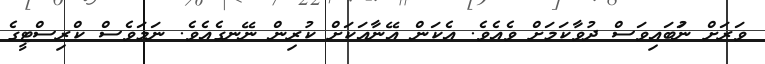
ވަަރަށް ނުަބައިވަސް ދުވާކަމަށް ވެއެވެ. އެކަން އޭނާއަކަށް ކުރިން ނޭނގެއެވެ. ނަމަވެސް ކްރިސްޓީގެ